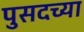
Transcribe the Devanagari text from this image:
पुसदच्या